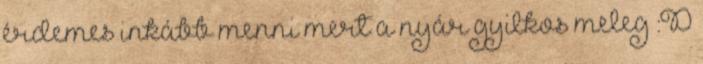
érdemes inkább menni mert a nyár gyilkos meleg :D